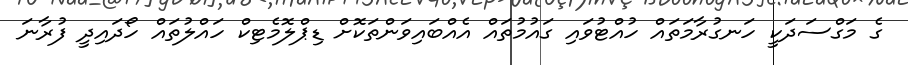
ގެ މަގްސަދަކީ ހަނގުރާމަތައް ހުއްޓުވައި ގައުމުތައް އެއްބައިވަންތަކޮށް ޑިޕްލޮމެޓިކް ހައްލުތައް ހޯދައިދީ ފުރާނަ